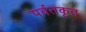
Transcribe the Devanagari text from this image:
पर्वतकृत